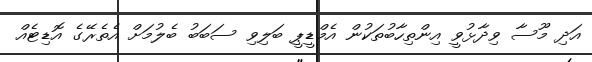
އަދި މޫސާ ވިދާޅުވީ އިންތިހާބުތަކުން އެމްޑީޕީ ބަލިވި ސަބަބު ބެލުމަށް އެތެރޭގެ އޮޑިޓެއް